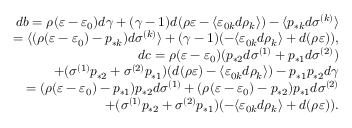
\begin{array} { r } { d b = \rho ( \varepsilon - \varepsilon _ { 0 } ) d \gamma + ( \gamma - 1 ) d ( \rho \varepsilon - \langle \varepsilon _ { 0 k } d \rho _ { k } \rangle ) - \langle p _ { * k } d \sigma ^ { ( k ) } \rangle } \\ { = \langle ( \rho ( \varepsilon - \varepsilon _ { 0 } ) - p _ { * k } ) d \sigma ^ { ( k ) } \rangle + ( \gamma - 1 ) ( - \langle \varepsilon _ { 0 k } d \rho _ { k } \rangle + d ( \rho \varepsilon ) ) , } \\ { d c = \rho ( \varepsilon - \varepsilon _ { 0 } ) ( p _ { * 2 } d \sigma ^ { ( 1 ) } + p _ { * 1 } d \sigma ^ { ( 2 ) } ) } \\ { + ( \sigma ^ { ( 1 ) } p _ { * 2 } + \sigma ^ { ( 2 ) } p _ { * 1 } ) ( d ( \rho \varepsilon ) - \langle \varepsilon _ { 0 k } d \rho _ { k } \rangle ) - p _ { * 1 } p _ { * 2 } d \gamma } \\ { = ( \rho ( \varepsilon - \varepsilon _ { 0 } ) - p _ { * 1 } ) p _ { * 2 } d \sigma ^ { ( 1 ) } + ( \rho ( \varepsilon - \varepsilon _ { 0 } ) - p _ { * 2 } ) p _ { * 1 } d \sigma ^ { ( 2 ) } } \\ { + ( \sigma ^ { ( 1 ) } p _ { * 2 } + \sigma ^ { ( 2 ) } p _ { * 1 } ) ( - \langle \varepsilon _ { 0 k } d \rho _ { k } \rangle + d ( \rho \varepsilon ) ) . } \end{array}